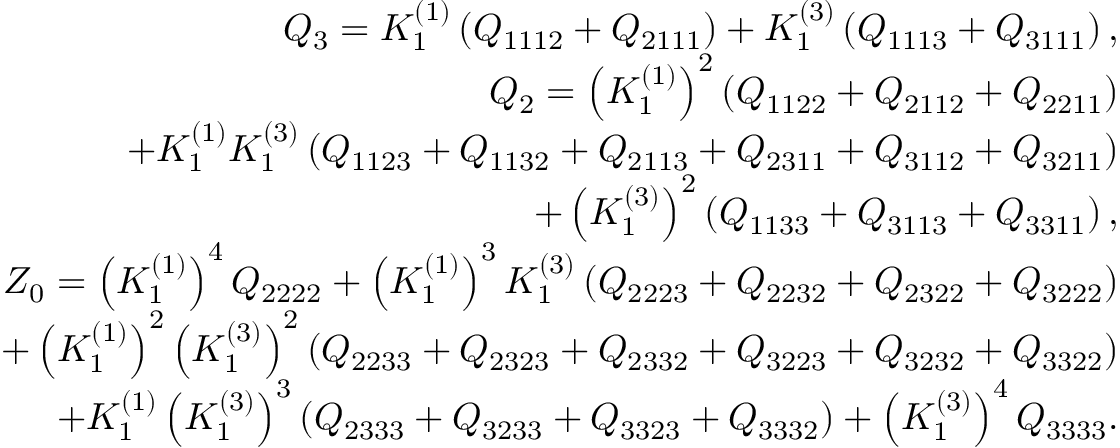
\begin{array} { r } { { \cal Q } _ { 3 } = K _ { 1 } ^ { ( 1 ) } \left( Q _ { 1 1 1 2 } + Q _ { 2 1 1 1 } \right) + K _ { 1 } ^ { ( 3 ) } \left( Q _ { 1 1 1 3 } + Q _ { 3 1 1 1 } \right) , } \\ { { \cal Q } _ { 2 } = \left( K _ { 1 } ^ { ( 1 ) } \right) ^ { 2 } \left( Q _ { 1 1 2 2 } + Q _ { 2 1 1 2 } + Q _ { 2 2 1 1 } \right) } \\ { + K _ { 1 } ^ { ( 1 ) } K _ { 1 } ^ { ( 3 ) } \left( Q _ { 1 1 2 3 } + Q _ { 1 1 3 2 } + Q _ { 2 1 1 3 } + Q _ { 2 3 1 1 } + Q _ { 3 1 1 2 } + Q _ { 3 2 1 1 } \right) } \\ { + \left( K _ { 1 } ^ { ( 3 ) } \right) ^ { 2 } \left( Q _ { 1 1 3 3 } + Q _ { 3 1 1 3 } + Q _ { 3 3 1 1 } \right) , } \\ { { \cal Z } _ { 0 } = \left( K _ { 1 } ^ { ( 1 ) } \right) ^ { 4 } Q _ { 2 2 2 2 } + \left( K _ { 1 } ^ { ( 1 ) } \right) ^ { 3 } K _ { 1 } ^ { ( 3 ) } \left( Q _ { 2 2 2 3 } + Q _ { 2 2 3 2 } + Q _ { 2 3 2 2 } + Q _ { 3 2 2 2 } \right) } \\ { + \left( K _ { 1 } ^ { ( 1 ) } \right) ^ { 2 } \left( K _ { 1 } ^ { ( 3 ) } \right) ^ { 2 } \left( Q _ { 2 2 3 3 } + Q _ { 2 3 2 3 } + Q _ { 2 3 3 2 } + Q _ { 3 2 2 3 } + Q _ { 3 2 3 2 } + Q _ { 3 3 2 2 } \right) } \\ { + K _ { 1 } ^ { ( 1 ) } \left( K _ { 1 } ^ { ( 3 ) } \right) ^ { 3 } \left( Q _ { 2 3 3 3 } + Q _ { 3 2 3 3 } + Q _ { 3 3 2 3 } + Q _ { 3 3 3 2 } \right) + \left( K _ { 1 } ^ { ( 3 ) } \right) ^ { 4 } Q _ { 3 3 3 3 } . } \end{array}